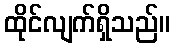
ထိုင်လျက်ရှိသည်။